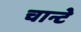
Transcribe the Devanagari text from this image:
चान्टे